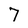
Character: 7